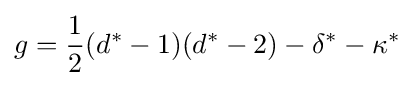
g={1 \over 2}(d^{*}-1)(d^{*}-2)-\delta ^{*}-\kappa ^{*}